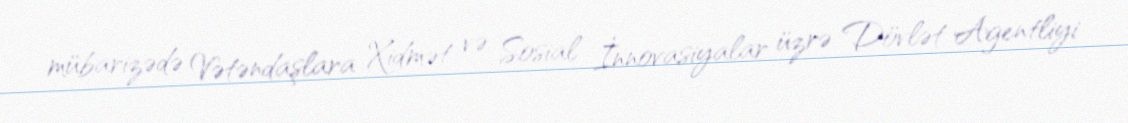
mübarizədə Vətəndaşlara Xidmət və Sosial İnnovasiyalar üzrə Dövlət Agentliyi